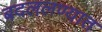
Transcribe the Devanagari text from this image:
बदललण्यात